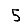
Digit: 5